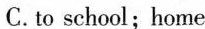
C.to school；home